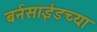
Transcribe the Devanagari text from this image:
बर्नसाईडच्या